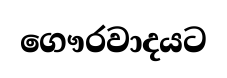
ගෞරවාදයට